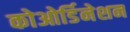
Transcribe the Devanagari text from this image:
कोओर्डिनेशन